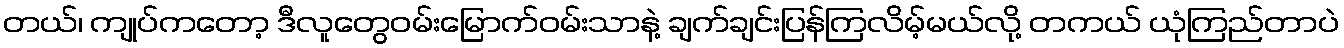
တယ်၊ ကျုပ်ကတော့ ဒီလူတွေဝမ်းမြောက်ဝမ်းသာနဲ့ ချက်ချင်းပြန်ကြလိမ့်မယ်လို့ တကယ် ယုံကြည်တာပဲ